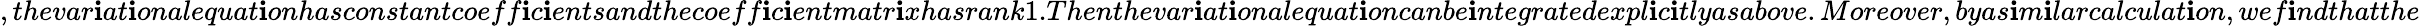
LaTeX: ,thevar\mathbf{i}at\mathbf{i}onalequat\mathbf{i}onhasconstantcoeff\mathbf{i}c\mathbf{i}entsandthecoeff\mathbf{i}c\mathbf{i}entmatr\mathbf{i}xhasrank1.Thenthevar\mathbf{i}at\mathbf{i}onalequat\mathbf{i}oncanbe\mathbf{i}ntegratedexpl\mathbf{i}c\mathbf{i}tlyasabove.Moreover,byas\mathbf{i}m\mathbf{i}larcalculat\mathbf{i}on,wef\mathbf{i}ndthatthe